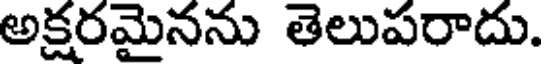
అక్షరమైనను తెలుపరాదు.